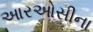
આરઓસીના